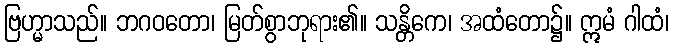
ဗြဟ္မာသည်။ ဘဂဝတော၊ မြတ်စွာဘုရား၏။ သန္တိကေ၊ အထံတော၌။ ဣမံ ဂါထံ၊